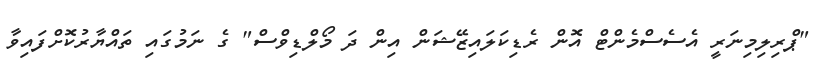
"ޕްރިލިމިނަރީ އެސެސްމެންޓް އޮން ރެޑިކަލައިޒޭޝަން އިން ދަ މޯލްޑިވްސް" ގެ ނަމުގައި ތައްޔާރުކޮށްފައިވާ